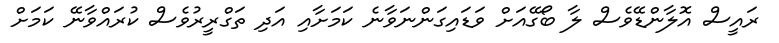
ރައީސް އޮލާންޑޭވެސް ލާ ބޯގޭއަށް ވަޑައިގަންނަވާނެ ކަމަށާއި އަދި ތަގްރީރުވެސް ކުރައްވާނޭ ކަމަށް